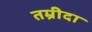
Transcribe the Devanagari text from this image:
तम्रीदा